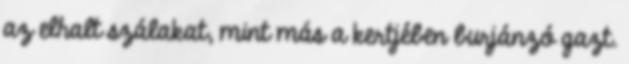
az elhalt szálakat, mint más a kertjében burjánzó gazt.